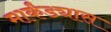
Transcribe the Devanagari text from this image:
मार्कंड्यास